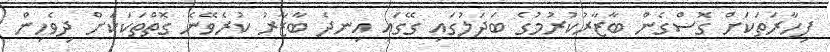
ފިހާރަތަކަށް ގޮސްގެން ބާޒާރުކުރުމުގެ ބަދަލުގައި ގޭގައި އިނދެ ބާޒާރު ކުރެވޭނެ ގޮތްތަކަކަށް ދިވެހިން